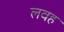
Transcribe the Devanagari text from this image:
लवह